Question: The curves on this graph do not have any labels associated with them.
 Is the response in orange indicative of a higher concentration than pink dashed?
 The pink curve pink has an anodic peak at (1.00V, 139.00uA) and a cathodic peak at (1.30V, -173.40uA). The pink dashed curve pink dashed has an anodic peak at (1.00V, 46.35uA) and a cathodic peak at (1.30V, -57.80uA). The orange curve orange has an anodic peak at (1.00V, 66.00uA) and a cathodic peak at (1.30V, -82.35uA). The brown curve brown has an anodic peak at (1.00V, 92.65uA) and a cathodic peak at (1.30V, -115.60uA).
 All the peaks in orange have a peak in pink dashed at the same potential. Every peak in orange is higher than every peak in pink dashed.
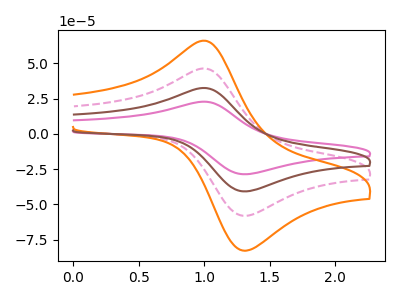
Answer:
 <answer>"orange" has more signal than "pink dashed".</answer>
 <eval>more_signal</eval>